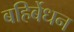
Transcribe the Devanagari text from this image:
बहिर्बेधन